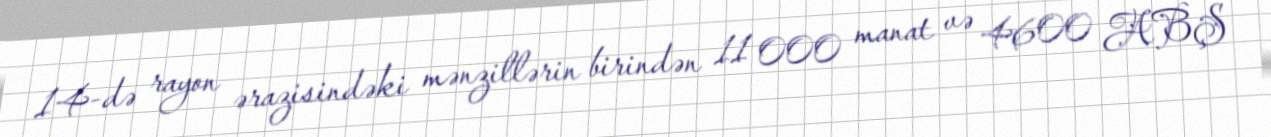
14-də rayon ərazisindəki mənzillərin birindən 11 000 manat və 4600 ABŞ